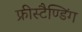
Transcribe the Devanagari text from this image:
फ्रीस्टैण्डिंग